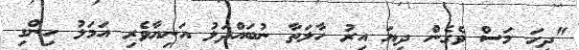
"ދިހަ މަސް ވެގެން ދިޔަ އިރު ހާލަތާ ނުބައްދަލު އަނިޔާވެރި އަމަލު ހިންގި